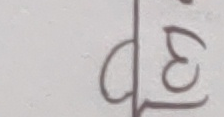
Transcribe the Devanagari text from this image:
ध